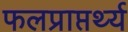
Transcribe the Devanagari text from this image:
फलप्राप्तर्थ्य